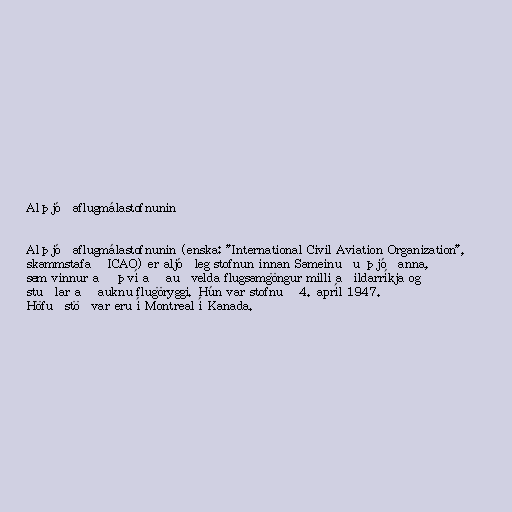
Alþjóðaflugmálastofnunin

Alþjóðaflugmálastofnunin (enska: "International Civil Aviation Organization",
skammstafað ICAO) er aljóðleg stofnun innan Sameinuðu þjóðanna,
sem vinnur að því að auðvelda flugsamgöngur milli aðildarríkja og
stuðlar að auknu flugöryggi. Hún var stofnuð 4. apríl 1947.
Höfuðstöðvar eru í Montreal í Kanada.